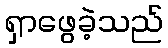
ရှာဖွေခဲ့သည်